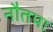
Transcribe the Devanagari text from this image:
नौतपा